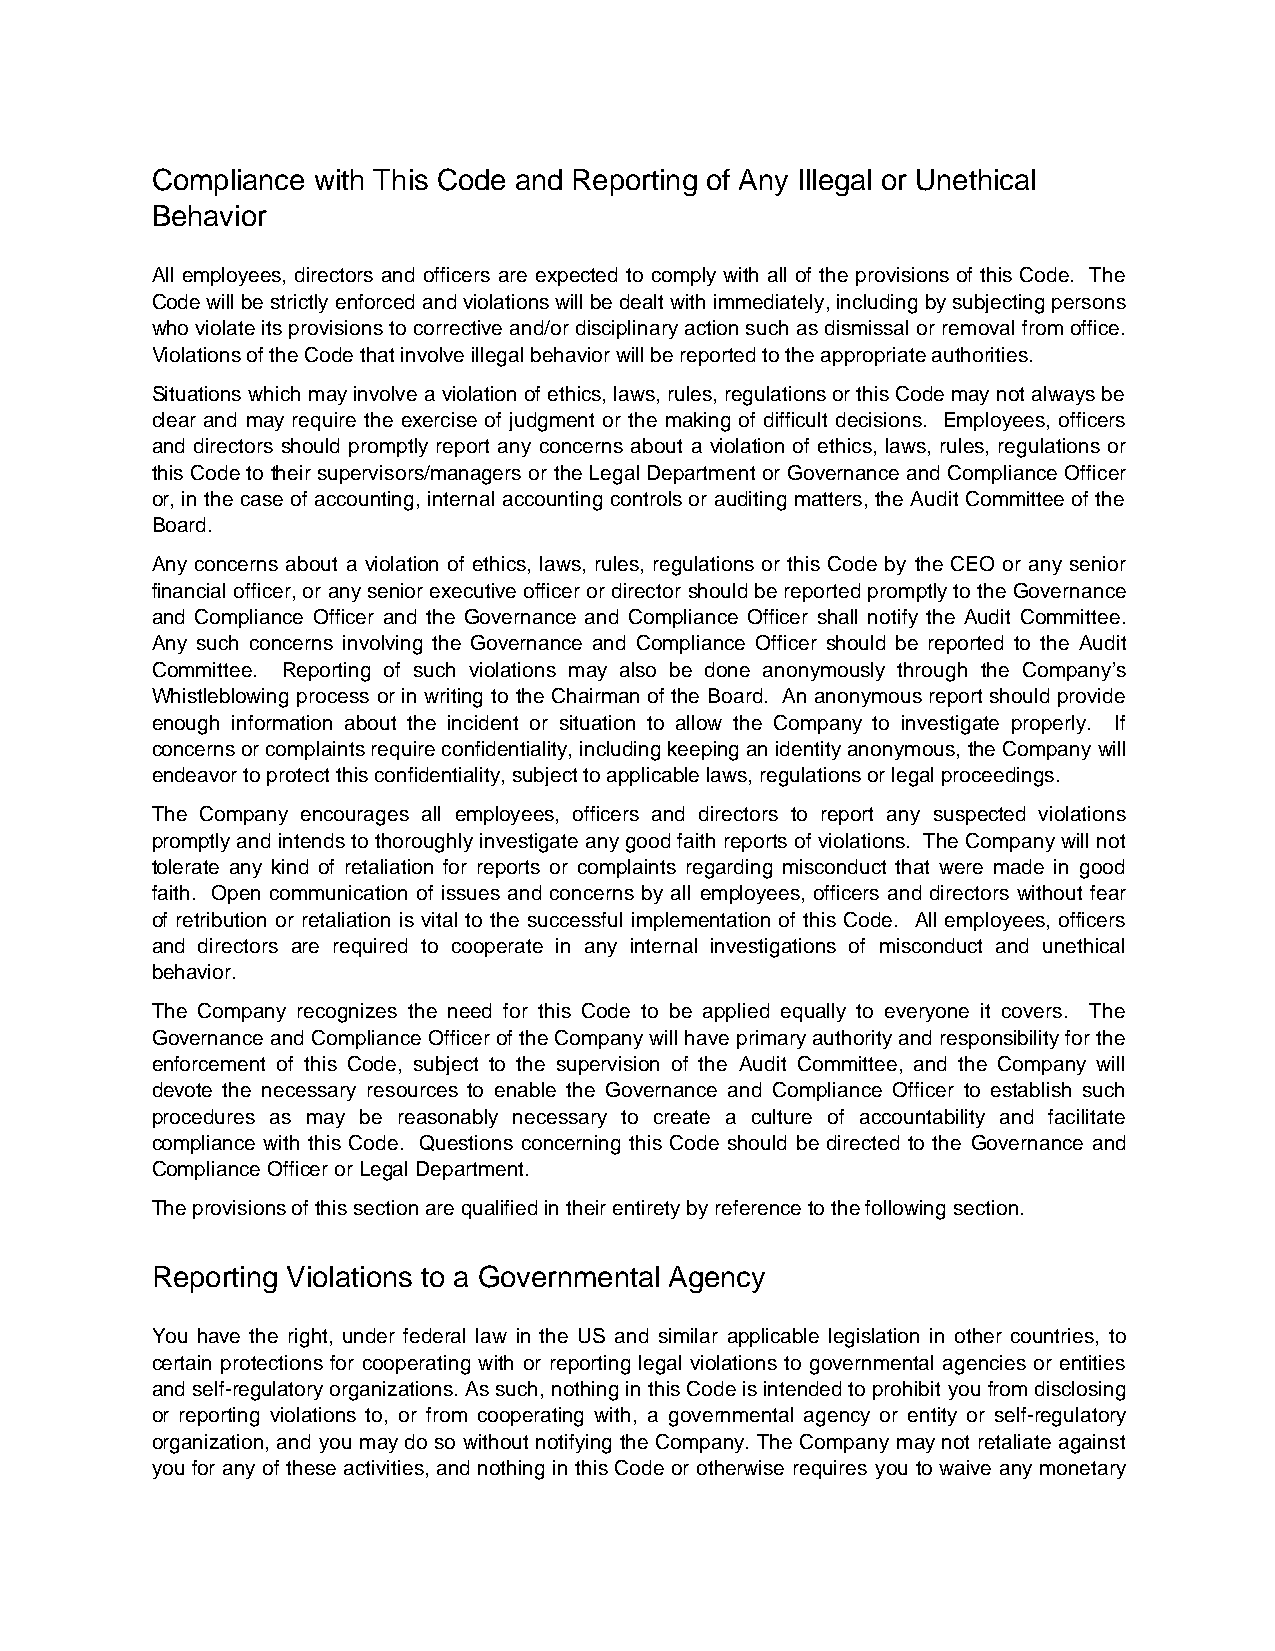
Compliance with This Code and Reporting of Any Illegal or Unethical
 Behavior
 All employees, directors and officers are expected to comply with all of the provisions of this Code. The
 Code will be strictly enforced and violations will be dealt with immediately, including by subjecting persons
 who violate its provisions to corrective and/or disciplinary action such as dismissal or removal from office.
 Violations of the Code that involve illegal behavior will be reported to the appropriate authorities.
 Situations which may involve a violation of ethics, laws, rules, regulations or this Code may not always be
 clear and may require the exercise of judgment or the making of difficult decisions. Employees, officers
 and directors should promptly report any concerns about a violation of ethics, laws, rules, regulations or
 this Code to their supervisors/managers or the Legal Department or Governance and Compliance Officer
 or, in the case of accounting, internal accounting controls or auditing matters, the Audit Committee of the
 Board.
 Any concerns about a violation of ethics, laws, rules, regulations or this Code by the CEO or any senior
 financial officer, or any senior executive officer or director should be reported promptly to the Governance
 and Compliance Officer and the Governance and Compliance Officer shall notify the Audit Committee.
 Any such concerns involving the Governance and Compliance Officer should be reported to the Audit
 Committee. Reporting of such violations may also be done anonymously through the Company’s
 Whistleblowing process or in writing to the Chairman of the Board. An anonymous report should provide
 enough information about the incident or situation to allow the Company to investigate properly. If
 concerns or complaints require confidentiality, including keeping an identity anonymous, the Company will
 endeavor to protect this confidentiality, subject to applicable laws, regulations or legal proceedings.
 The Company encourages all employees, officers and directors to report any suspected violations
 promptly and intends to thoroughly investigate any good faith reports of violations. The Company will not
 tolerate any kind of retaliation for reports or complaints regarding misconduct that were made in good
 faith. Open communication of issues and concerns by all employees, officers and directors without fear
 of retribution or retaliation is vital to the successful implementation of this Code. All employees, officers
 and directors are required to cooperate in any internal investigations of misconduct and unethical
 behavior.
 The Company recognizes the need for this Code to be applied equally to everyone it covers. The
 Governance and Compliance Officer of the Company will have primary authority and responsibility for the
 enforcement of this Code, subject to the supervision of the Audit Committee, and the Company will
 devote the necessary resources to enable the Governance and Compliance Officer to establish such
 procedures as may be reasonably necessary to create a culture of accountability and facilitate
 compliance with this Code. Questions concerning this Code should be directed to the Governance and
 Compliance Officer or Legal Department.
 The provisions of this section are qualified in their entirety by reference to the following section.
 Reporting Violations to a Governmental Agency
 You have the right, under federal law in the US and similar applicable legislation in other countries, to
 certain protections for cooperating with or reporting legal violations to governmental agencies or entities
 and self-regulatory organizations. As such, nothing in this Code is intended to prohibit you from disclosing
 or reporting violations to, or from cooperating with, a governmental agency or entity or self-regulatory
 organization, and you may do so without notifying the Company. The Company may not retaliate against
 you for any of these activities, and nothing in this Code or otherwise requires you to waive any monetary